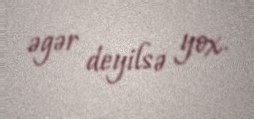
əgər deyilsə yox.